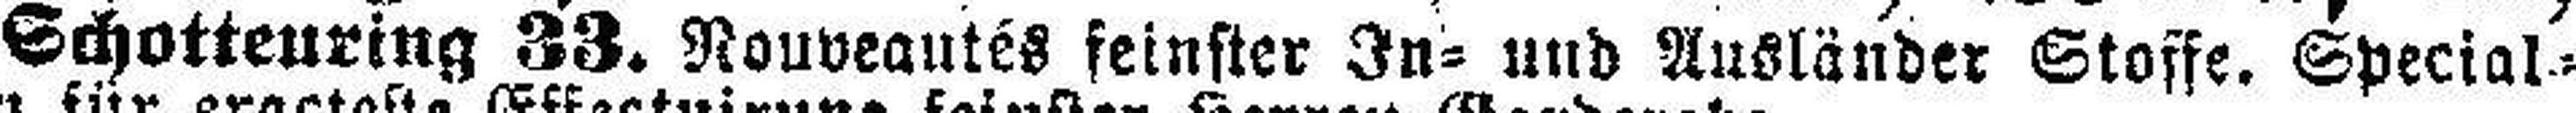
Schottenring 33. Nouveantés feinster In- und Ausländer Stoffe. Special=